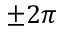
\pm 2 \pi